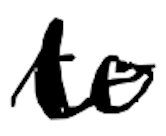
Text: to
Cross-out: wave
Writing tool: digital_black